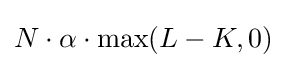
N\cdot \alpha \cdot \max(L-K,0)